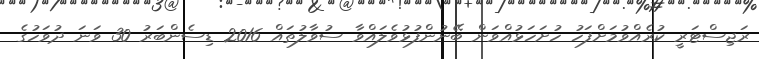
ރަޖިސްޓަރީ ކުރެއްވުމަށްފަހު ހުށަހަޅުއްވަން ބޭނުންފުޅުވެލައްވާ ސުވާލުތައް 2016 ޑިސެންބަރު 30 ވަނަ ދުވަހުގެ